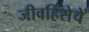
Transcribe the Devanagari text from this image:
जीवहिंसेचे